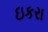
ઇકરા